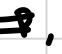
Text: P,
Cross-out: double-line
Writing tool: digital_black